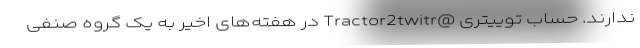
ندارند. حساب توییتری @Tractor2twitr در هفته‌های اخیر به یک گروه صنفی